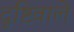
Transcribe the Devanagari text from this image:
दृष्टिवाले